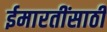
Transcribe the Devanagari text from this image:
ईमारतींसाठी